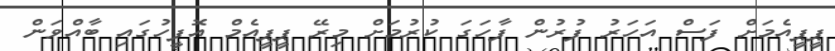
ޕީޕީއެމަށް ފަސް އަހަރު ފުރުން ފާހަގަ ކުރުމަށް މިރޭ ޕީޕީއެމް އޮފީހުގައި ބާއްވަން